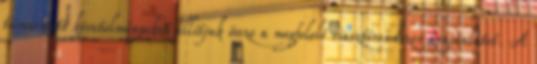
támasztott követelményeket állítjuk össze a megfelelő riasztórendszer árajánlatot. A